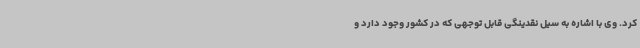
کرد. وی با اشاره به سیل نقدینگی قابل توجهی که در کشور وجود دارد و